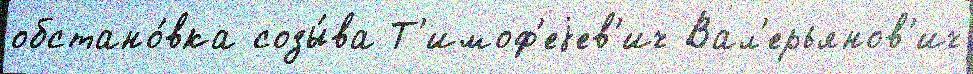
обстано́вка созы́ва Т'имоф'еjев'ич Вал'ерьянов'ич